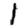
Digit: 1